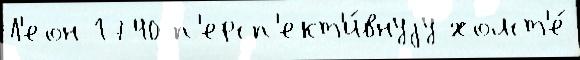
Л'еон 1740 п'ерсп'ект'и́внуjу холст'е́